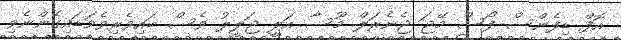
އޮފް ޑިފެންސް ފޯސް މޭޖަ ޖެނެރަލް މޫސާ އަލީ ޖަލީލު ވެސް ބައިވެރިވެވަޑައިގެންނެވި